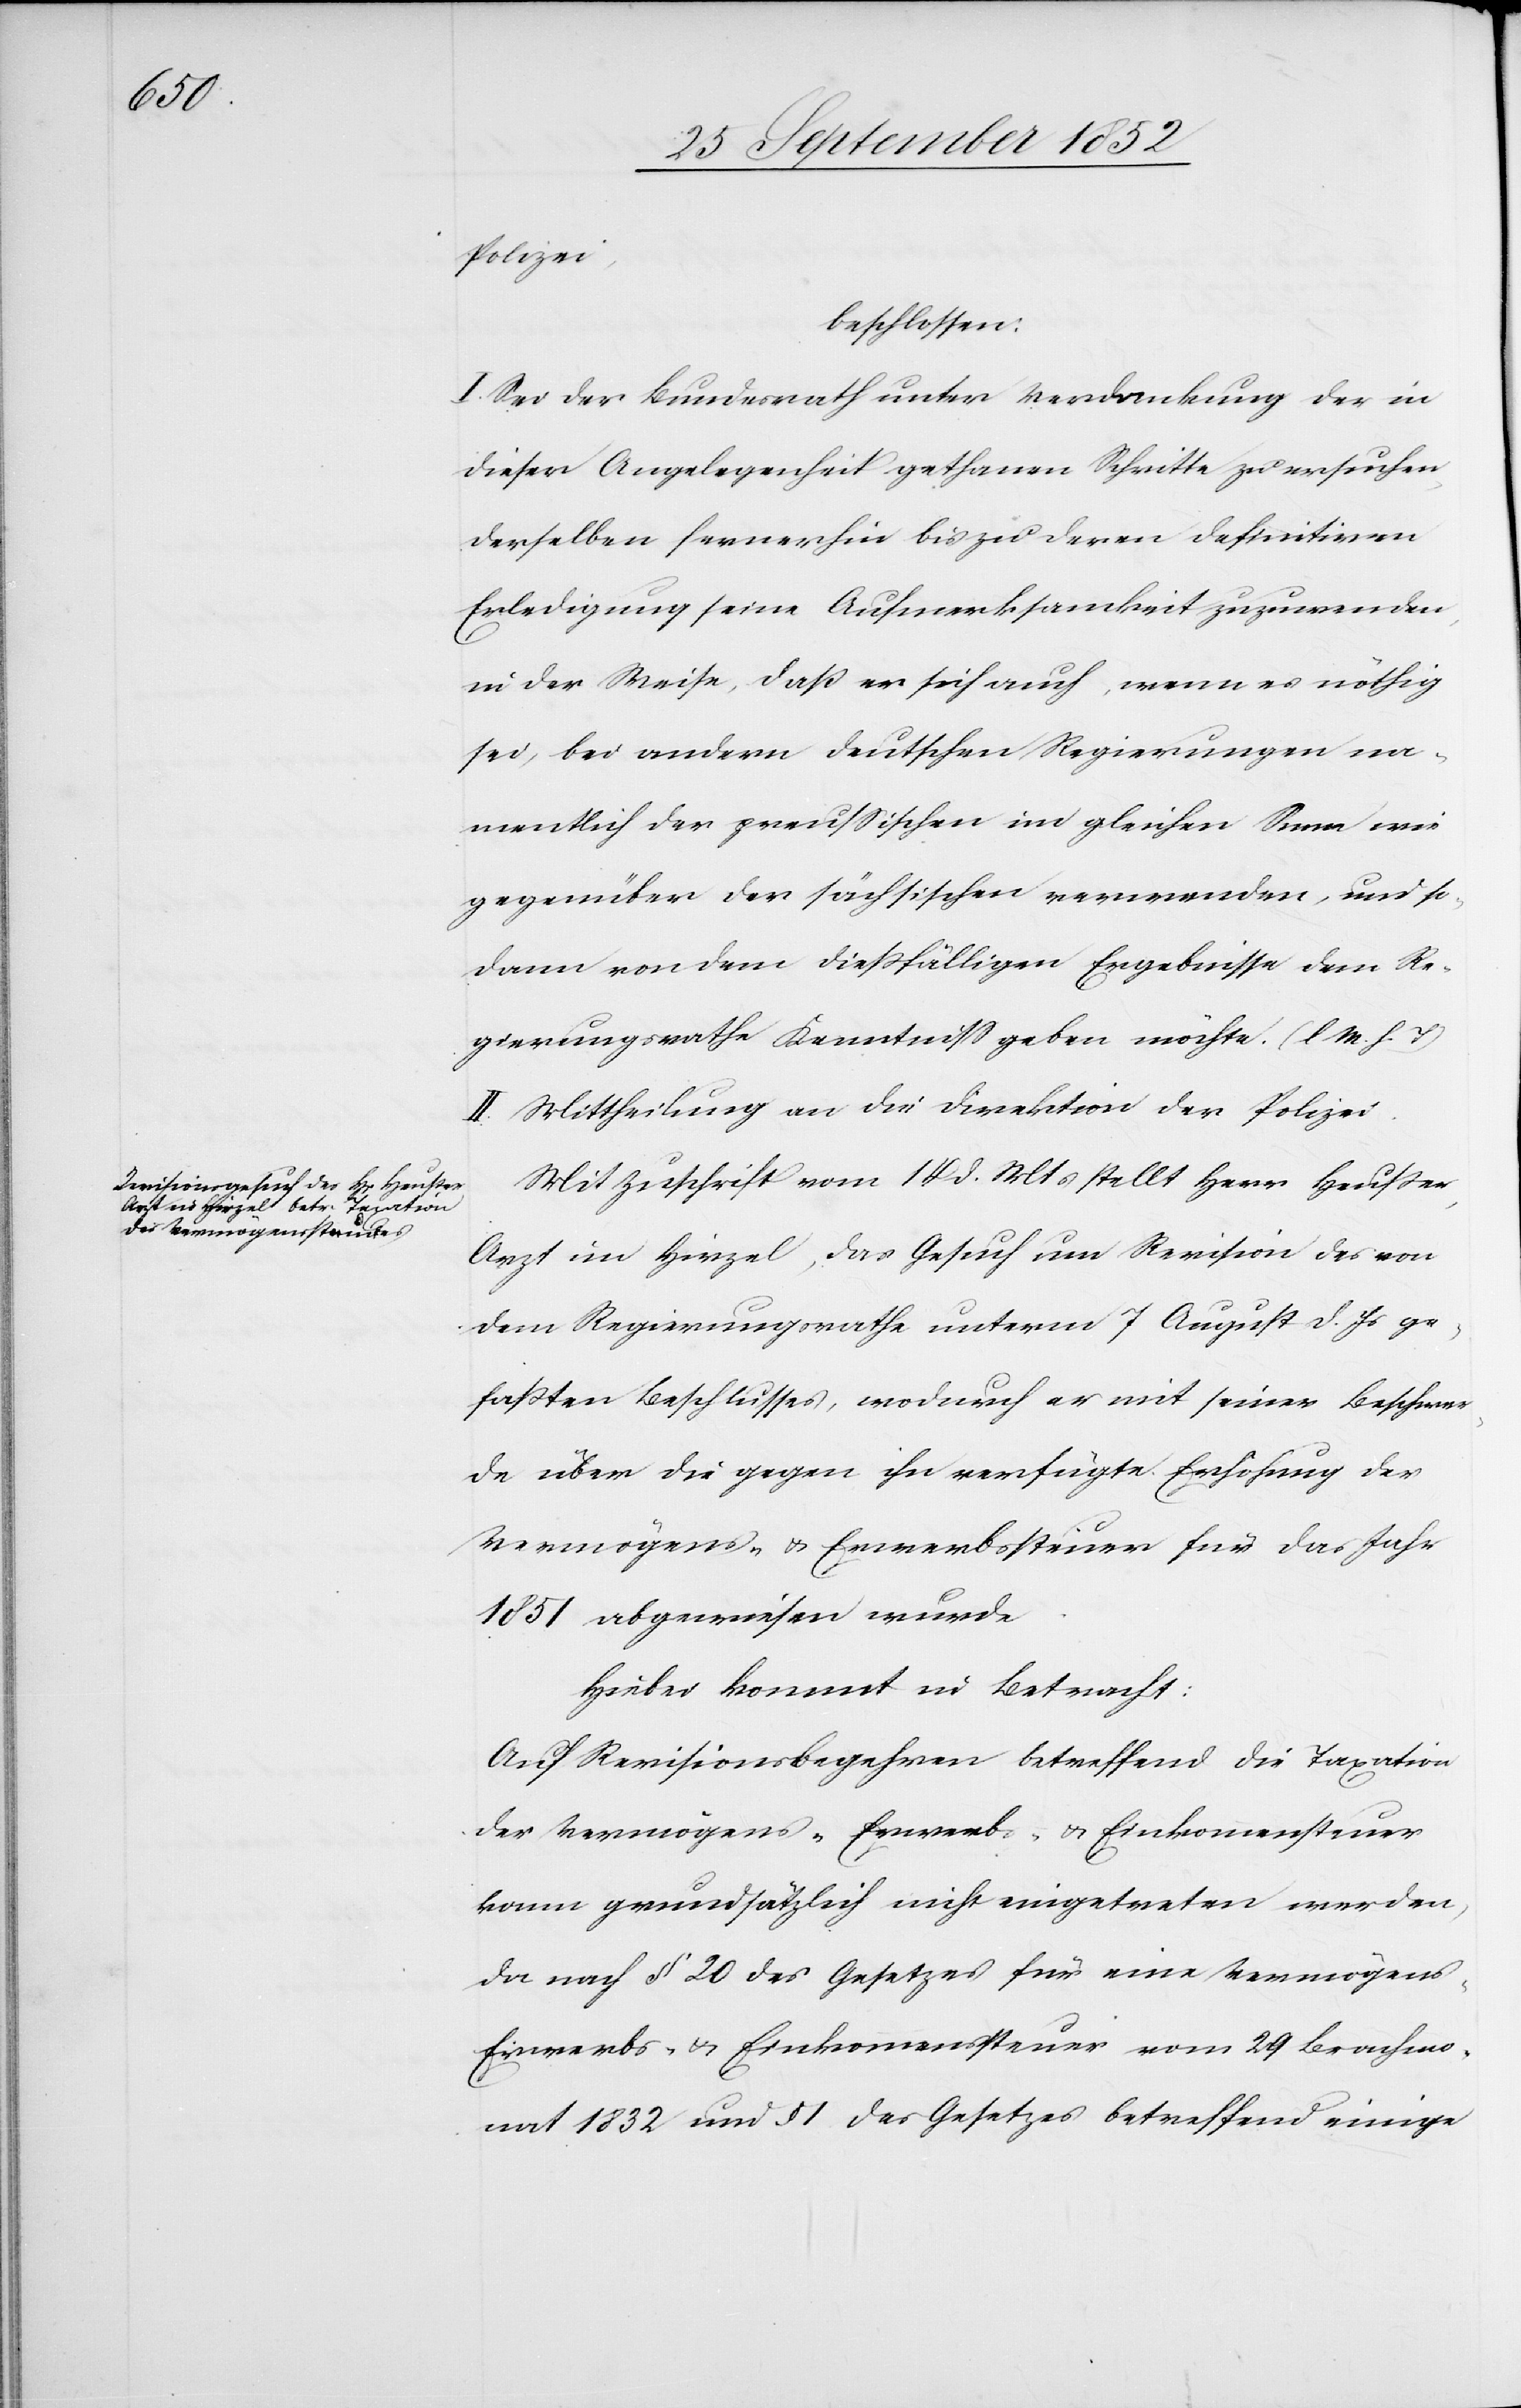
s-[,]

Polizei,
beschlossen:
I. Sei der Bundesrath unter Verdankung der in
dieser Angelegenheit gethanen Schritte zu ersuchen,
derselben fernerhin bis zu deren definitiven
Erledigung seine Aufmerksamkeit zuzuwenden,
in der Weise, daß er sich auch, wenn es nöthig
sei, bei andern deutschen Regierungen na¬
mentlich der preussischen im gleichen Sinne wie
gegenüber der sächsischen verwenden, und so¬
dann von dem dießfälligen Ergebnisse dem Re¬
gierungsrathe Kenntniss geben möchte. (l M. h. T)
II. Mittheilung an die Direktion der Polizei.
Mit Zuschrift vom 14 d. Mts stellt Herr Heußer,
Arzt im Hirzel, das Gesuch um Revision des von
dem Regierungsrathe unterm 7 August d. Js ge¬
faßten Beschlusses, wodurch er mit seiner Beschwer¬
de über die gegen ihn verfügte Erhöhung der
Vermögens- & Erwerbssteuer für das Jahr
1851 abgewiesen wurde.
Hiebei kommt in Betracht:
Auf Revisionsbegehren betreffend die Taxation
der Vermögens-[,] Erwerbs- & Einkommen[s]steuer
kann grundsätzlich nicht eingetreten werden,
da nach § 20 des Gesetzes für eine Vermögen¬
Erwerbs- & Einkommenssteuer vom 29 Brachmo¬
nat 1832 und § 1 des Gesetzes betreffend einige